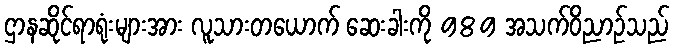
ဌာနဆိုင်ရာရုံးများအား လူသားတယောက် ဆေးခါးကို 989 အသက်ဝိညာဉ်သည်